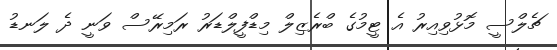
ޗެލްސީ މޮޅުވިއިރު އެ ޓީމުގެ ބްރެޒިލް މިޑްފީލްޑަރު ރަމިރޭސް ވަނީ ދެ ލަނޑު